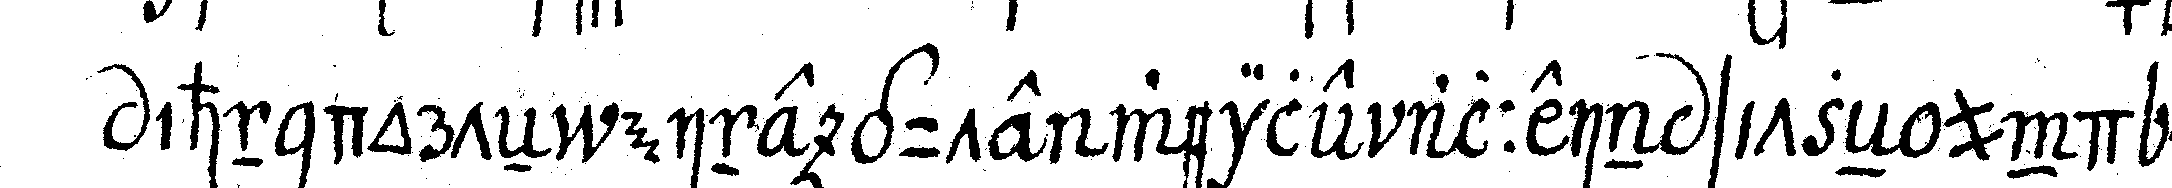
ihn dorteN eine gute weile allein sitzeN und mel